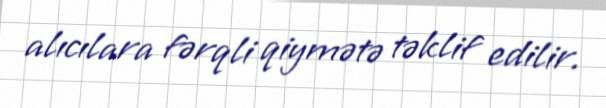
alıcılara fərqli qiymətə təklif edilir.